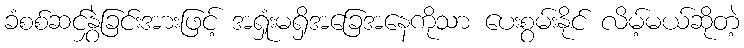
ခံစစ်ဆင်နွှဲခြင်းအားဖြင့် အရှုံးမရှိအခြေအနေကိုသာ ပေးစွမ်းနိုင် လိမ့်မယ်ဆိုတဲ့